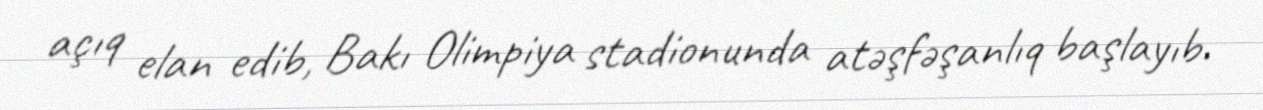
açıq elan edib, Bakı Olimpiya stadionunda atəşfəşanlıq başlayıb.